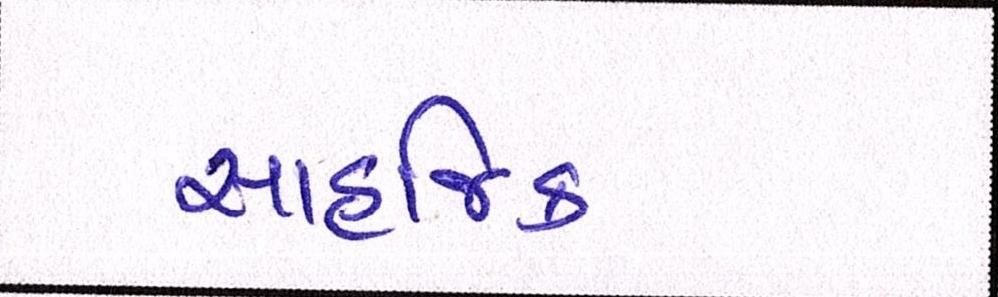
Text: સાહજિક